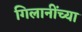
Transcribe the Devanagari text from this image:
गिलानींच्या